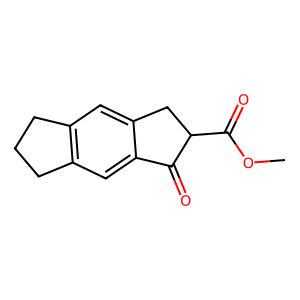
SMILES: COC(=O)C1Cc2cc3c(cc2C1=O)CCC3
Inhibits HIV replication: No